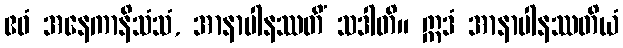
ဧဝံ အနေကာနိသံသံ, အာနာပါနဿတိံ သဒါတိ။ ဣဒံ အာနာပါနဿတိယံ